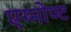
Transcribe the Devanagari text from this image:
एग्मोण्ट